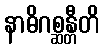
နာဓိဂစ္ဆန္တီတိ